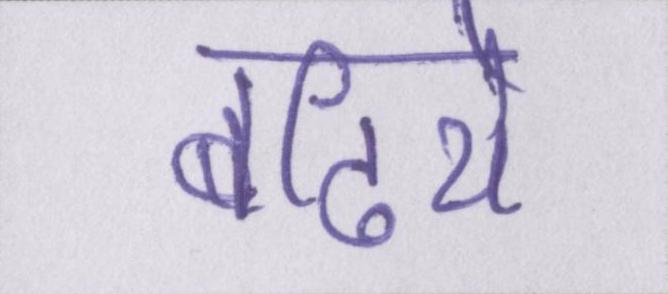
बढिये